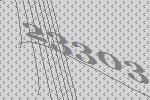
23303